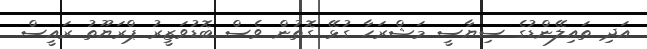
އަދި ތައިލޭންޑުގެ ސިޔާސީ މަޝްރަހާ ގުޅޭ ގޮތުން ވެސް ބޮޑުވަޒީރު ޕްރަޔޫތު ރައީސް